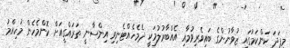
މިފަދަ ކަންކަމުގައި ޒުވާނުންގެ ބައިވެރިވުމާއި އެއްބާރުލުމަކީ ދެމެހެއްޓެނިވި އިންސާނީ ތަރައްގީއަށް ކޮންމެހެން މުހިއްމު